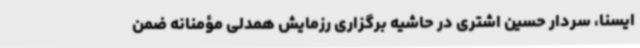
ایسنا، سردار حسین اشتری در حاشیه برگزاری رزمایش همدلی مؤمنانه ضمن